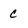
Character: C